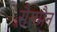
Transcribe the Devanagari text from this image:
रौसमैन